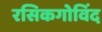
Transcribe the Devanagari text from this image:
रसिकगोविंद